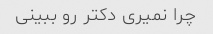
چرا نمیری دکتر رو ببینی